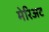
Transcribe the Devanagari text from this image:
मेरिअट